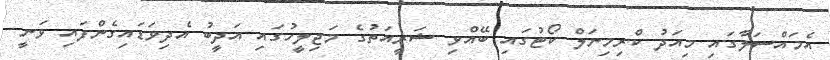
އެމައްސަލާގައި މިއަދު ކްރިމިނަލް ކޯޓުގައި ބޭއްވި ޝަރީއަތުގެ މަޖިލީހުގައި އަދީބު އެދިވަޑައިގެންފައި ވަނީ